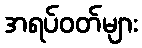
အရပ်ဝတ်များ